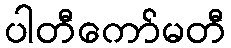
ပါတီကော်မတီ